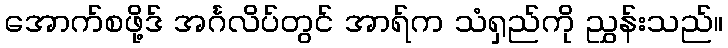
အောက်စဖို့ဒ် အင်္ဂလိပ်တွင် အာရ်က သံရှည်ကို ညွှန်းသည်။